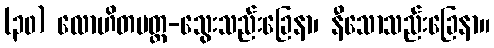
(၃၀) လောဟိတပတ္တ-သွေးသည်းခြေနာ၊ နီသောသည်းခြေနာ။